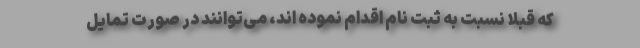
که قبلاً نسبت به ثبت نام اقدام نموده اند، می‌توانند در صورت تمایل